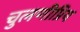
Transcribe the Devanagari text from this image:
चुलणीप्रिय